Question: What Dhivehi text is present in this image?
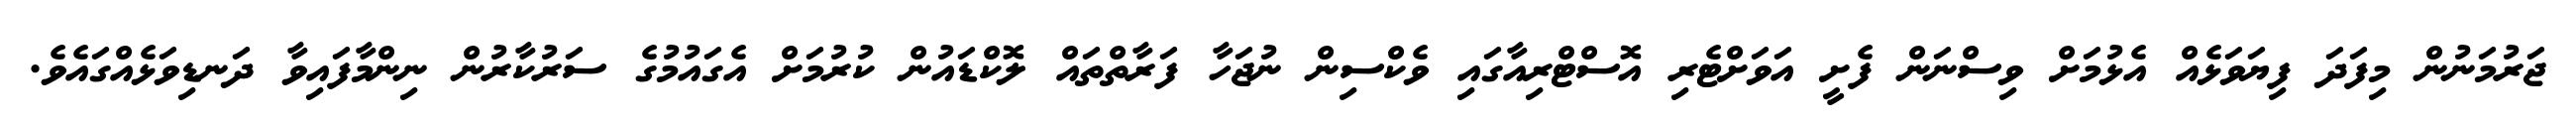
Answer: ޖަރުމަނުން މިފަދަ ފިޔަވަޅެއް އެޅުމަށް ވިސްނަން ފެށީ އަވަށްޓެރި އޮސްޓްރިއާގައި ވެކްސިން ނުޖަހާ ފަރާތްތައް ލޮކްޑައުން ކުރުމަށް އެގައުމުގެ ސަރުކާރުން ނިންމާފައިވާ ދަނޑިވަޅެއްގައެވެ.